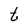
Character: t